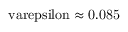
\mathrm { \ v a r e p s i l o n \approx 0 . 0 8 5 }